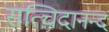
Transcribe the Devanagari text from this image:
सत्चिदानन्द